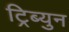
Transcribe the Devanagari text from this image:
ट्रिब्युन